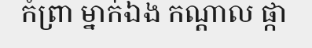
កំព្រា ម្នាក់ឯង កណ្តាល ផ្កា